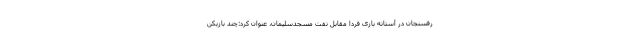
رفسنجان در آستانه بازی فردا مقابل نفت مسجدسلیمان، عنوان کرد:چند بازیکن